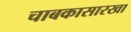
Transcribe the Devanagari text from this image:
चाबकासारखा